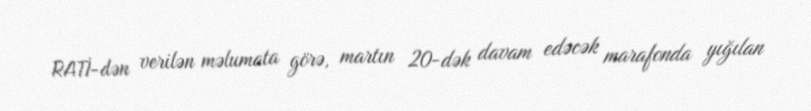
RATİ-dən verilən məlumata görə, martın 20-dək davam edəcək marafonda yığılan